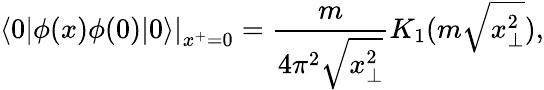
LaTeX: \left.\langle 0|\phi(x)\phi(0)|0\rangle\right|_{x^{+}=0}=\frac{m}{4\pi^{2}\sqrt{x_{\bot}^{2}}}K_{1}(m\sqrt{x_{\bot}^{2}}),